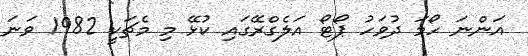
އަންނަ ހޯމަ ދުވަހު ޕޯޓޯ އަލެގްރޭގައި ކުޅޭ މި މެޗަކީ 1982 ވަނަ